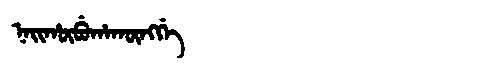
Manchu: ᠨᠠᡳᡥᡡᠪᡠᡥᠠᡴᡡᠩᡤᡝ
Romanization: NAIHŪBUHAKŪNGGE